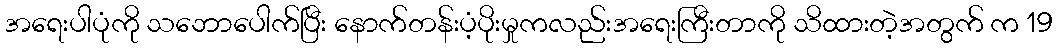
အရေးပါပုံကို သဘောပေါက်ပြီး နောက်တန်းပံ့ပိုးမှုကလည်းအရေးကြီးတာကို သိထားတဲ့အတွက် က 19